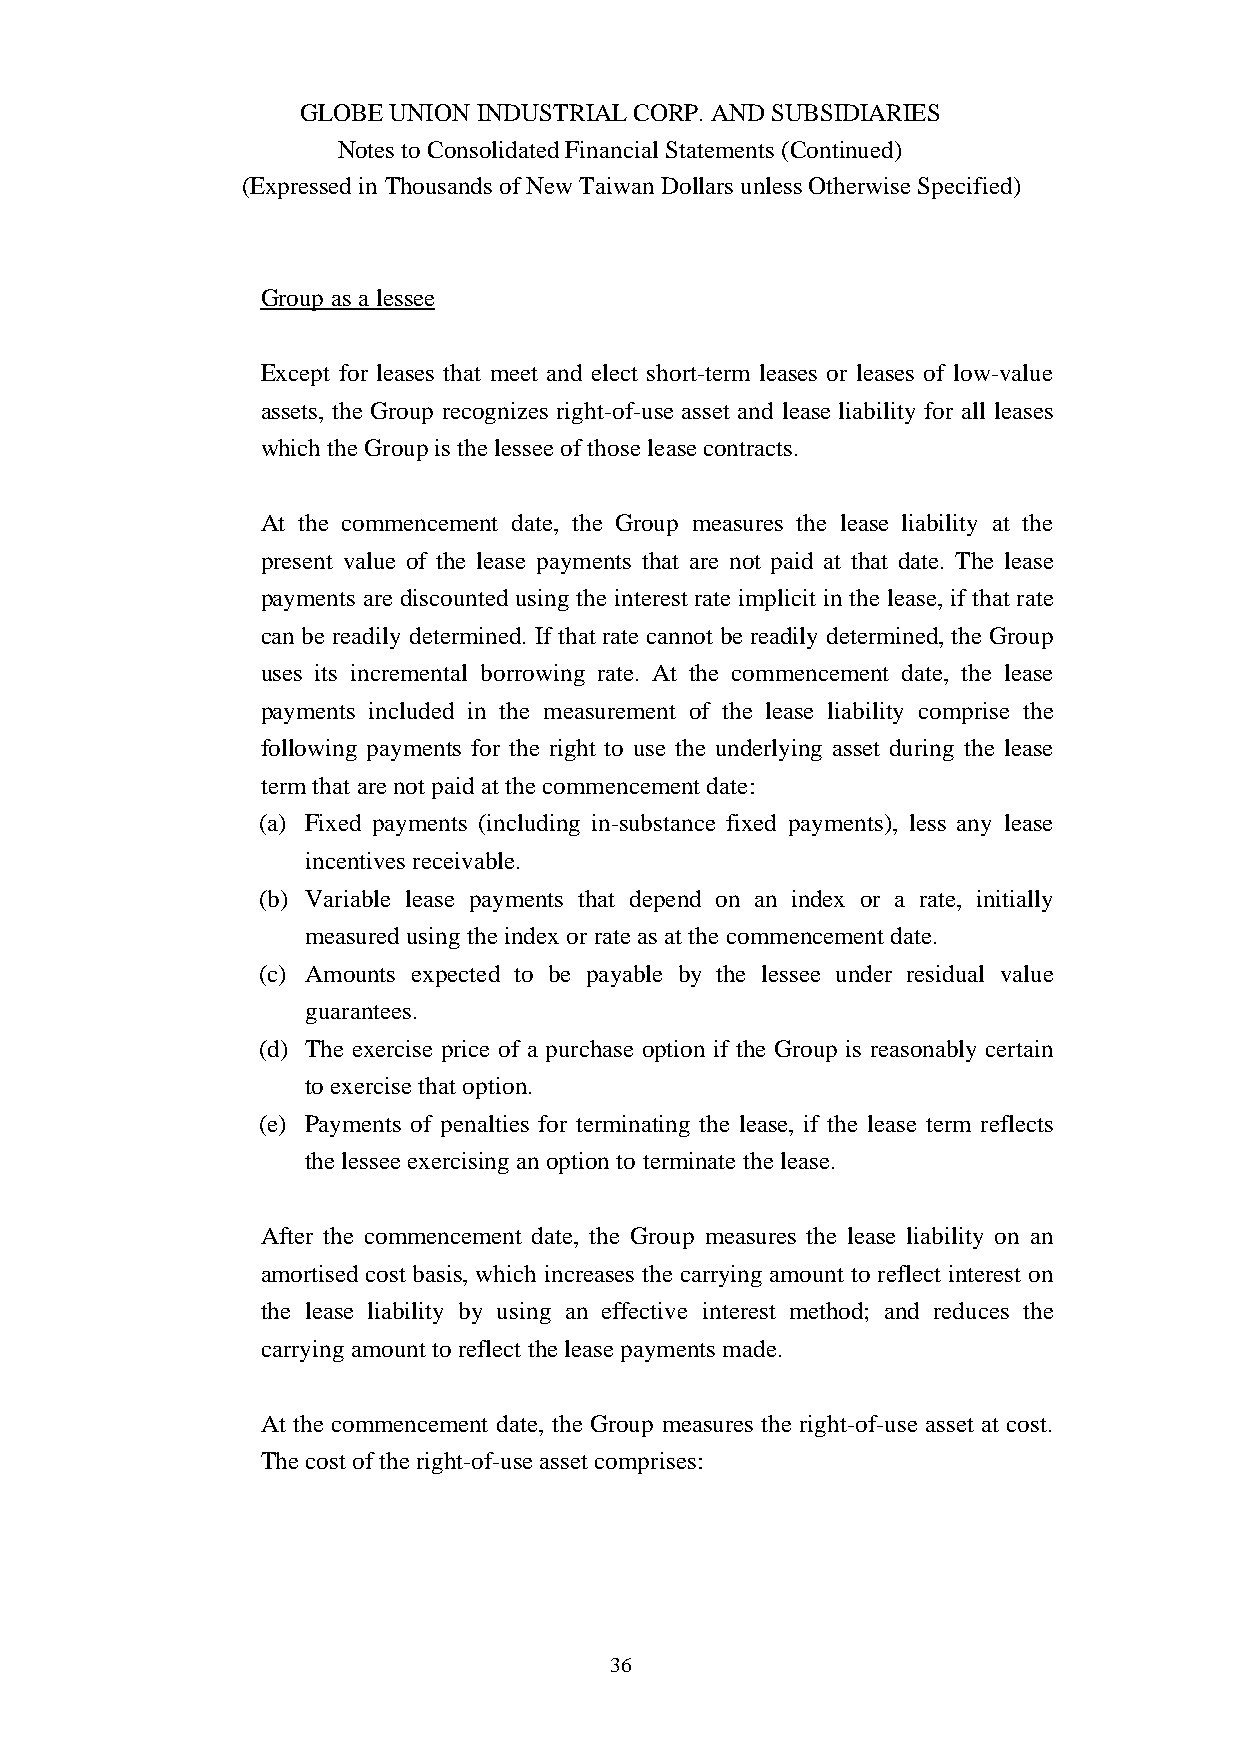
GLOBE UNION INDUSTRIAL CORP. AND SUBSIDIARIES
 Notes to Consolidated Financial Statements (Continued)
 (Expressed in Thousands of New Taiwan Dollars unless Otherwise Specified)
 Group as a lessee
 Except for leases that meet and elect short-term leases or leases of low-value
 assets, the Group recognizes right-of-use asset and lease liability for all leases
 which the Group is the lessee of those lease contracts.
 At the commencement date, the Group measures the lease liability at the
 present value of the lease payments that are not paid at that date. The lease
 payments are discounted using the interest rate implicit in the lease, if that rate
 can be readily determined. If that rate cannot be readily determined, the Group
 uses its incremental borrowing rate. At the commencement date, the lease
 payments included in the measurement of the lease liability comprise the
 following payments for the right to use the underlying asset during the lease
 term that are not paid at the commencement date:
 (a) Fixed payments (including in-substance fixed payments), less any lease
 incentives receivable.
 (b) Variable lease payments that depend on an index or a rate, initially
 measured using the index or rate as at the commencement date.
 (c) Amounts expected to be payable by the lessee under residual value
 guarantees.
 (d) The exercise price of a purchase option if the Group is reasonably certain
 to exercise that option.
 (e) Payments of penalties for terminating the lease, if the lease term reflects
 the lessee exercising an option to terminate the lease.
 After the commencement date, the Group measures the lease liability on an
 amortised cost basis, which increases the carrying amount to reflect interest on
 the lease liability by using an effective interest method; and reduces the
 carrying amount to reflect the lease payments made.
 At the commencement date, the Group measures the right-of-use asset at cost.
 The cost of the right-of-use asset comprises:
 36